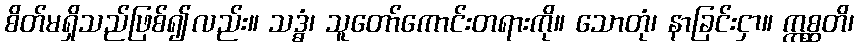
စိတ်မရှိသည်ဖြစ်၍လည်း။ သဒ္ဓံ၊ သူတော်ကောင်းတရားကို။ သောတုံ၊ နာခြင်းငှာ။ ဣစ္ဆတိ၊